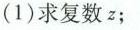
(1) 求复数 z ；